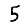
Digit: 5